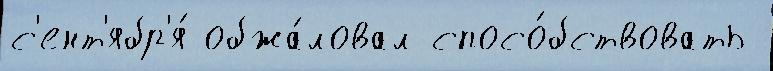
с'ент'ябр'я́ обжа́ловал спосо́бствовать